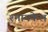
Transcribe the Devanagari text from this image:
श्मायकेल